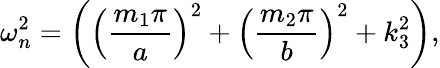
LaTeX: \omega_{n}^{2}=\left(\left(\frac{m_{1}\pi}{a}\right)^{2}+\left(\frac{m_{2}\pi}{b}\right)^{2}+k_{3}^{2}\right),